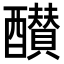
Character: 𨣵